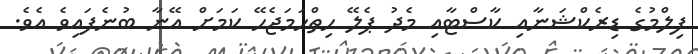
ފިލްމުގެ ޑިރެކްޝަނާއި ކާސްޓާއި މެދު ޕެލޭ ހިތްހަމަޖެހޭ ކަމަށް އޭނާ ބުނެފައިވެ އެވެ.